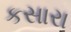
કસારા